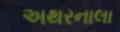
અથરનાલા